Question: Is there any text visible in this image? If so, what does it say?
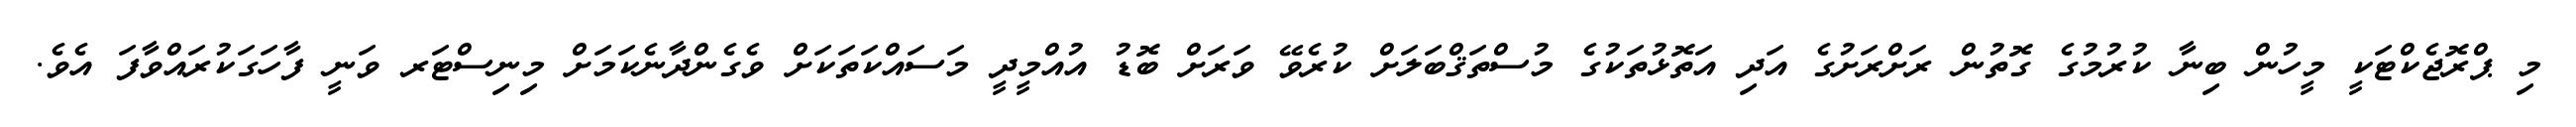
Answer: މި ޕްރޮޖެކްޓަކީ މީހުން ބިނާ ކުރުމުގެ ގޮތުން ރަށްރަށުގެ އަދި އަތޮޅުތަކުގެ މުސްތަޤްބަލަށް ކުރެވޭ ވަރަށް ބޮޑު އުއްމީދީ މަސައްކަތަކަށް ވެގެންދާނެކަމަށް މިނިސްޓަރ ވަނީ ފާހަގަކުރައްވާފަ އެވެ.